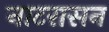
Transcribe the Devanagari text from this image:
नाटरासन